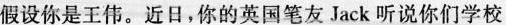
假设你是王伟。近日，你的英国笔友Jack听说你们学校